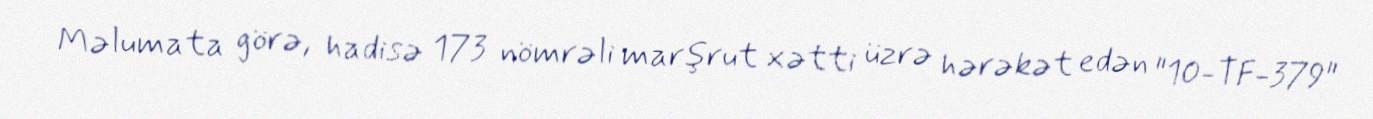
Məlumata görə, hadisə 173 nömrəli marşrut xətti üzrə hərəkət edən "10-TF-379"